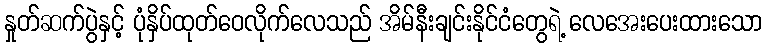
နှုတ်ဆက်ပွဲနှင့် ပုံနှိပ်ထုတ်ဝေလိုက်လေသည် အိမ်နီးချင်းနိုင်ငံတွေရဲ့ လေအေးပေးထားသော